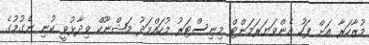
މުޒާހަރާ އަށް ފަހު އެންވަޔަރަމަންޓް މިނިސްޓަރު މުހައްމަދު މަޝްނޫކް ވިދާޅުވީ ކުނި ނެގުމުގެ